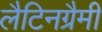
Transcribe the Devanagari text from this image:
लैटिनग्रैमी